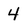
Character: 4